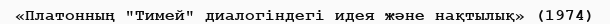
«Платонның "Тимей" диалогіндегі идея және нақтылық» (1974)